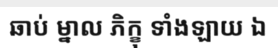
ឆាប់ ម្នាល ភិក្ខុ ទាំងឡាយ ឯ